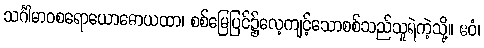
သင်္ဂါမာဝစရောယောဓောယထာ၊ စစ်မြေပြင်၌လေ့ကျင့်သောစစ်သည်သူရဲကဲ့သို့။ ဧဝံ၊